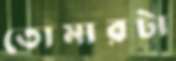
তোমারটা